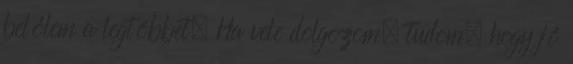
belőlem a legtöbbet. Ha vele dolgozom, tudom, hogy jó